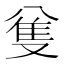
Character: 𠔟